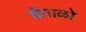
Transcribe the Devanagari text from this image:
शेंगाळो